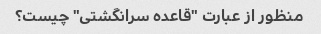
منظور از عبارت "قاعده سرانگشتی" چیست؟